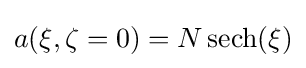
a(\xi ,\zeta =0)=N\operatorname {sech} (\xi )